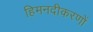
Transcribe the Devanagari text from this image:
हिमनदीकरणों